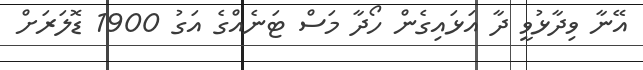
އޭނާ ވިދާޅުވީ ދާ އަޅައިގެން ހޯދާ މަސް ޓަނެއްގެ އަގު 1900 ޑޮލަރަށް